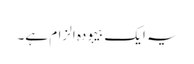
یہ ایک بیہودہ الزام ہے۔